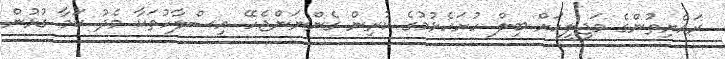
ރައްޔިތުންގެ މަޖިލީހަށް ބިލް ހުށަހެޅުމުގެ ކުރިން ގެންނަންޖެހޭ އިސްލާހުތަކާ މެދު ކަމާ ގުޅުން